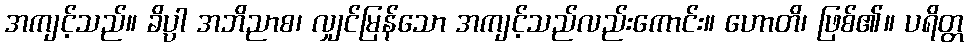
အကျင့်သည်။ ခိပ္ပာ အဘိညာစ၊ လျှင်မြန်သော အကျင့်သည်လည်းကောင်း။ ဟောတိ၊ ဖြစ်၏။ ပရိတ္တ